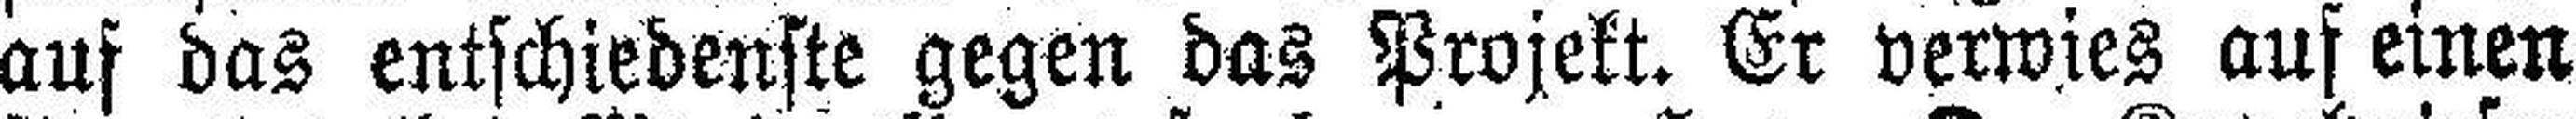
auf das entschiedenste gegen das Projekt. Er verwies auf einen